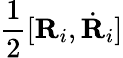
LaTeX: \frac 12[{\mathbf R}_{i},\dot{\mathbf R}_{i}]